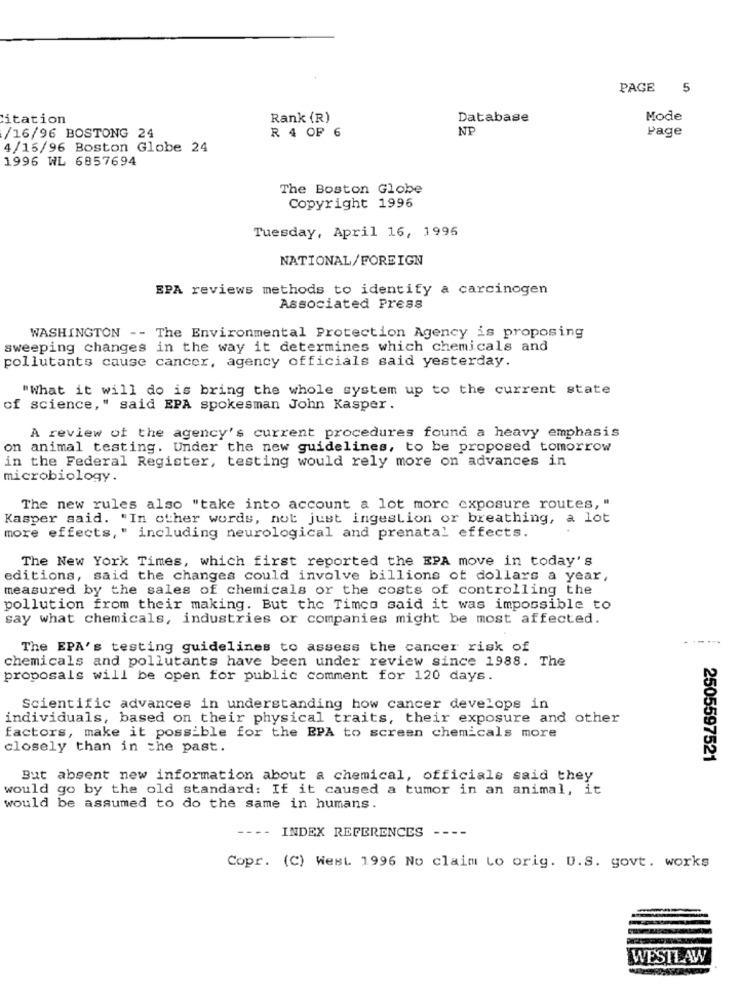
PAGE 5
itation
Rank (R)
Database
Mode
NP
Page
/16/96 BOSTONG 24
R 4 OF 6
4/15/96 Boston Globe 24
1996 WL 6857694
The Boston Globe
Copyright 1996
Tuesday, April 16, 1996
NATIONAL/FOREIGN
EPA reviews methods to identify a carcinogen
Associated Press
WASHINGTON -- The Environmental Protection Agency is proposing
sweeping changes in the way it determines which chemicals and
pollutants cause cancer, agency officials said yesterday.
"What it will do is bring the whole system up to the current state
of science," said EPA spokesman John Kasper .
A review of the agency's current procedures found a heavy emphasis
on animal testing. Under the new guidelines, to be proposed tomorrow
in the Federal Register, testing would rely more on advances in
microbiology.
The new rules also "take into account a lot more exposure routes, "
Kasper said. "In other words, not just ingestion or breathing, a lot
more effects," including neurological and prenatal effects.
The New York Times, which first reported the EPA move in today's
editions, said the changes could involve billions of dollars a year,
measured by the sales of chemicals or the costs of controlling the
pollution from their making. But the Timco said it was impossible to
say what chemicals, industries or companies might be most affected.
The EPA's testing guidelines to assess the cancer risk of
chemicals and pollutants have been under review since 1988. The
proposals will be open for public comment for 120 days.
Scientific advances in understanding how cancer develops in
individuals, based on their physical traits, their exposure and other
factors, make it possible for the EPA to screen chemicals more
closely than in the past.
2505597521
But absent new information about a chemical, officials said they
would go by the old standard: If it caused a tumor in an animal, it
would be assumed to do the same in humans.
----
INDEX REFERENCES ----
Copr. (C) West. 1996 No claim to orig. U.S. govt. works
WESTI AW